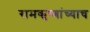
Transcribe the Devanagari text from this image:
रामकृष्णांच्याच